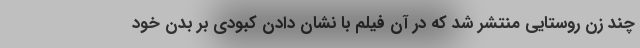
چند زن روستایی منتشر شد که در آن فیلم با نشان دادن کبودی بر بدن خود